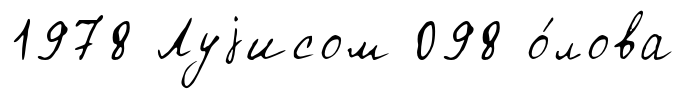
1978 Луjисом 098 о́лова